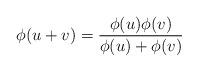
LaTeX: \begin{align*}\phi(u+v)=\frac{\phi(u)\phi(v)}{\phi(u)+\phi(v)}\end{align*}